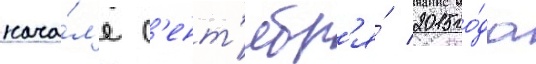
нача́л'е с'ент'ябр'я́ 2015 го́да